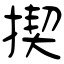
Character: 揳